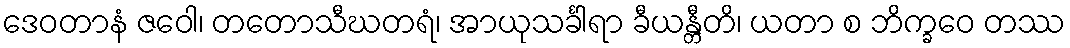
ဒေဝတာနံ ဇဝေါ၊ တတောသီဃတရံ၊ အာယုသင်္ခါရာ ခီယန္တီတိ၊ ယတာ စ ဘိက္ခဝေ တဿ